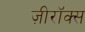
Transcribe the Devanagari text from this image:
ज़ीरॉक्स